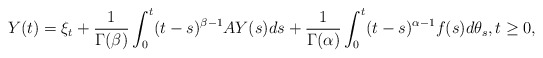
\begin{align*}Y(t)=\xi_t+\frac{1}{\Gamma(\beta)}\int_0^t(t-s)^{\beta-1}AY(s)ds+\frac{1}{\Gamma(\alpha)}\int_0^t (t-s)^{\alpha-1}f(s)d\theta_s,t\ge 0,\end{align*}